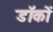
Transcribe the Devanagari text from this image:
डॉकों